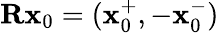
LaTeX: \mathbf{R}\mathbf{x}_{0}=(\mathbf{x}_{0}^{+},-\mathbf{x}_{0}^{-})